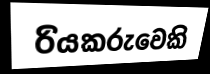
රියකරුවෙකි